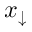
x _ { \downarrow }